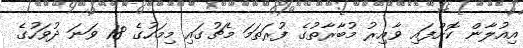
އިއުލާން ކޮށްފައި ވާއިރު މުބާރާތުގެ ފުރަތަމަ މެޗުގައި މިމަހުގެ 18 ވަނަ ދުވަހުގެ